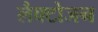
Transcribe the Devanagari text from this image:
लैक्टोजन